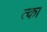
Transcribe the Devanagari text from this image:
त्का